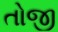
તોજી